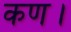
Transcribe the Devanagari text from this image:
कण।